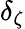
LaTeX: \delta_{\zeta}